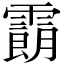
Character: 𩅜